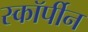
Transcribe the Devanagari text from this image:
स्कॉर्पीन